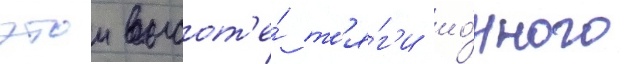
этои высот'е́ т'я́г'и ио́нного